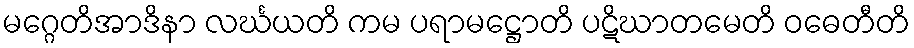
မဂ္ဂေတိအာဒိနာ လင်္ဃယတိ ကမ ပရာမဋ္ဌောတိ ပဋိဃာတမေတိ ဝဓေတီတိ